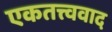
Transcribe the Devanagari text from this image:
एकतत्त्ववाद